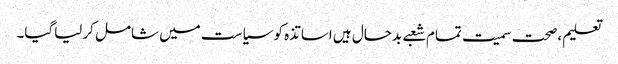
تعلیم ،صحت سمیت تمام شعبے بدحال ہیں اساتذہ کو سیاست میں شامل کرلیاگیا۔